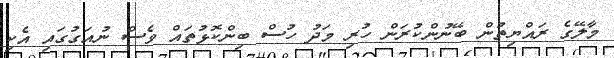
މާލޭގެ ރައްޔިތުން ބޭނުންކުރަން ހުރި މަދު ހުސް ބިންކޮޅުތައް ވެސް ނުއަގުގައި އެކި